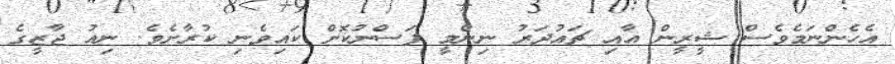
އެހެންނަމެވެސް ޝީރީން އާއި ޗައުދަރު ނިންމީ ފަސްނުކޮށް ކައިވެނި ކުރާށެވެ. ނިއު ޖާޒީގެ